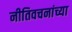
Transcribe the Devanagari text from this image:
नीतिवचनांच्या